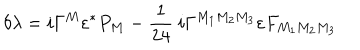
\delta \lambda = i \Gamma ^ { M } \varepsilon ^ { \ast } P _ { M } - { \frac { 1 } { 2 4 } } ~ i \Gamma ^ { M _ { 1 } M _ { 2 } M _ { 3 } } \varepsilon F _ { M _ { 1 } M _ { 2 } M _ { 3 } }